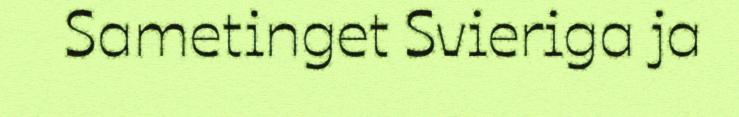
Sametinget Svieriga ja